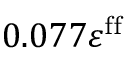
0 . 0 7 7 \varepsilon ^ { \mathrm { f f } }